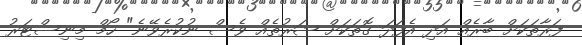
ފަރާތަކަށް ބާރެއް އަދި އެފަދަ ގޮތަކަށް ޝަރުތެއް ވެސް ނުކުރެވޭނެ" ހޯމް މިނިސްޓަރު